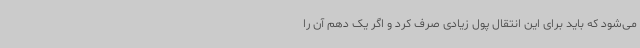
می‌شود که باید برای این انتقال پول زیادی صرف کرد و اگر یک دهم آن را